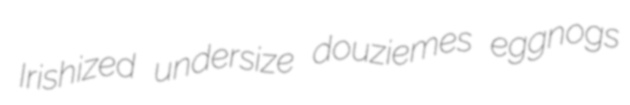
Irishized undersize douziemes eggnogs